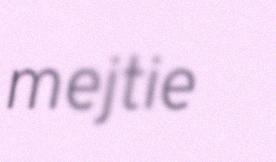
mejtie